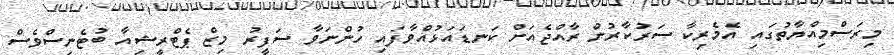
މިރަސްމިއްޔާތުގައި އެމެރިކާ ސަރުކާރުން ރާއްޖެއަށް ކަނޑައަޅުއްވާފައި ހުންނަވާ ސަފީރު މިޒް ޕެޓްރީޝިއާ ބުޓެނިސްވެސް